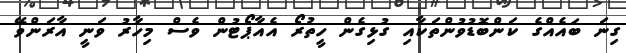
ގިނަ ބައެއްގެ ކަންބޮޑުވުންތަކާއި ގުޅިގެން ހީތުރޯ އެއާޕޯޓުން ވެސް މިހާރު ވަނީ އާރަންވޭ